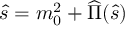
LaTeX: \hat { s } = m _ { 0 } ^ { 2 } + \widehat { \Pi } ( \hat { s } )